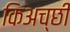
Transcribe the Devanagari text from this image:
किअच्छी